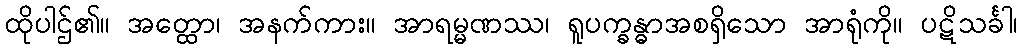
ထိုပါဌ်၏။ အတ္ထော၊ အနက်ကား။ အာရမ္မဏဿ၊ ရူပက္ခန္ဓာအစရှိသော အာရုံကို။ ပဋိသင်္ခါ၊